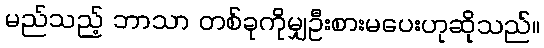
မည်သည့် ဘာသာ တစ်ခုကိုမျှဦးစားမပေးဟုဆိုသည်။